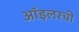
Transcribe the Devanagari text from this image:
ऑइलरची